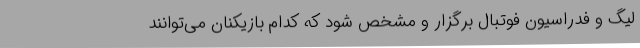
لیگ و فدراسیون فوتبال برگزار و مشخص شود که کدام بازیکنان می‌توانند